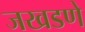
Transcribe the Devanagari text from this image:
जखडणे